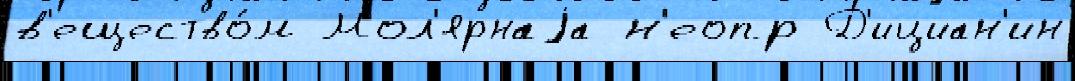
в'ещество́м Мол'ярнаjа н'еопр Д'ициан'ин